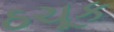
ઠચૂક